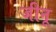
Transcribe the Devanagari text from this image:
जीनू